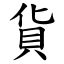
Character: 貨